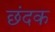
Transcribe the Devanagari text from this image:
छंदक